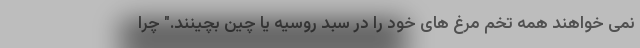
نمی خواهند همه تخم مرغ های خود را در سبد روسیه یا چین بچینند." چرا